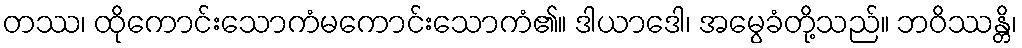
တဿ၊ ထိုကောင်းသောကံမကောင်းသောကံ၏။ ဒါယာဒေါ၊ အမွေခံတို့သည်။ ဘဝိဿန္တိ၊